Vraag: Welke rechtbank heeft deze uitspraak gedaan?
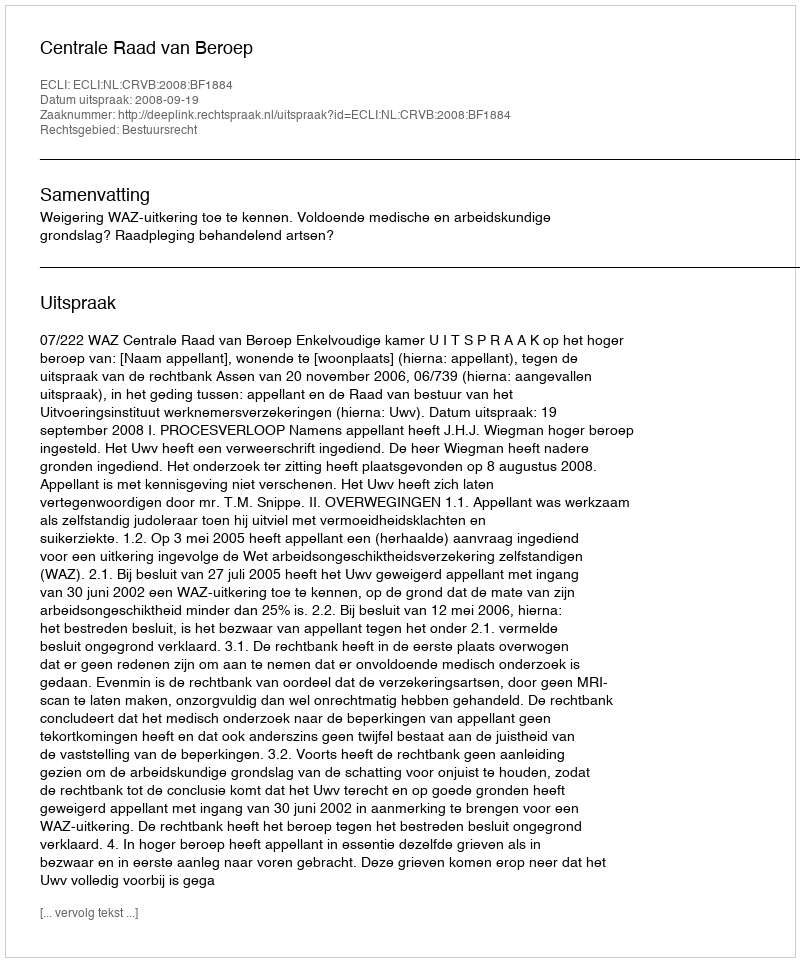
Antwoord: Centrale Raad van Beroep